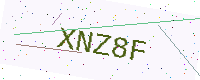
Text: XNZ8F